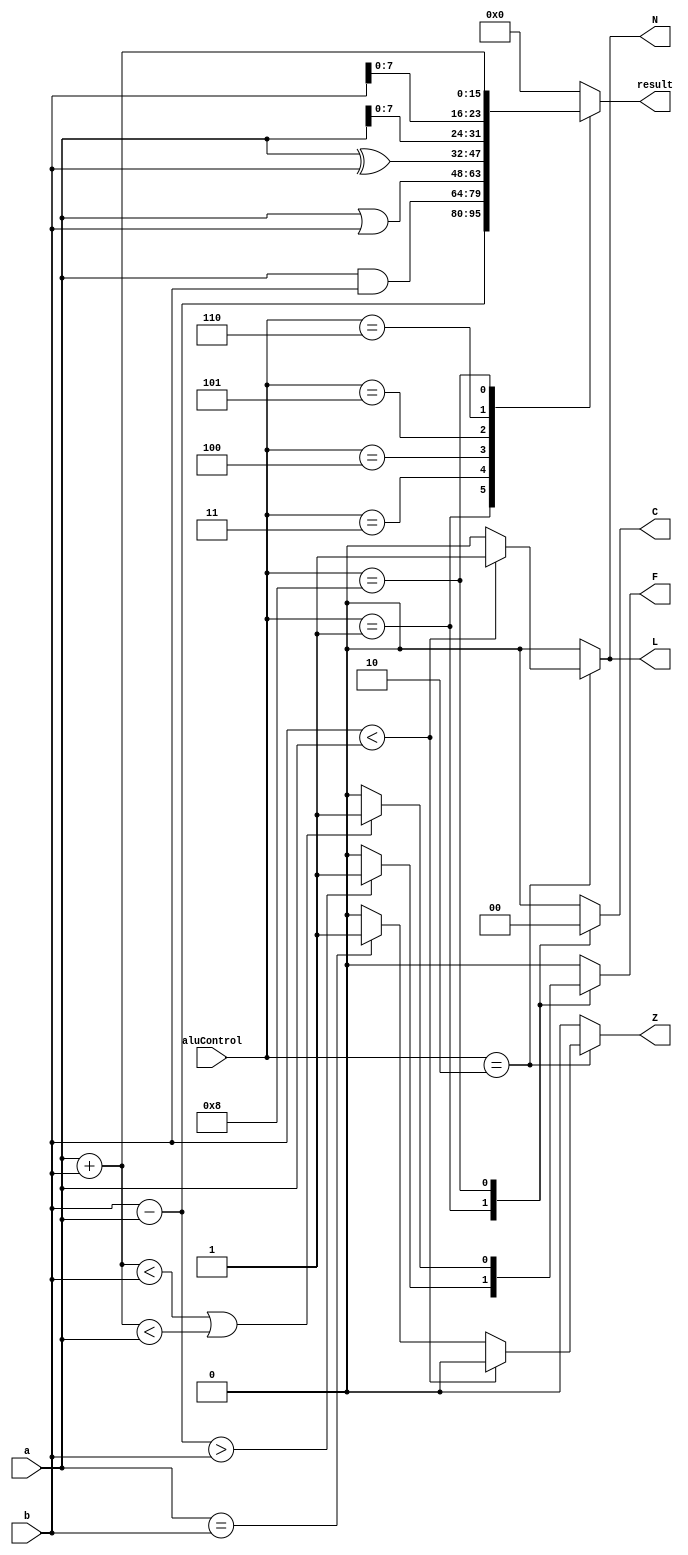
module alu(a, b, aluControl, C, L, F, Z, N, result);		
	input [15:0] a, b;
	input [3:0] aluControl;
	output reg C, L, F, Z, N;
	output reg [15:0] result;
	
	always@(*) begin
		{C, L, F, Z, N} = 0;
		result = 4'd0;
		
		case(aluControl) 
			4'b0000: // Empty case
				{C, L, F, Z, N} <= 0;
			
			4'b0001: begin //SUB or SUBI
			result = b - a; 
				if (result > b)
					{C, F} = 1;
				else 
					{C, F} = 0;
			end
			
			4'b0010: begin //CMP or CMPI
				if (b < a) begin
					L = 1;
					N = 1;
					Z = 0;
				end
				else if (a == b) begin
					L = 0;
					N = 0;
					Z = 1;
				end
				else 
					{L, Z, N} = 0;
			end
			
			4'b0011: //AND or ANDI
				result = a & b; 	
				
			4'b0100: //OR or ORI
				result = a | b;
			
			4'b0101: //XOR or XORI
				result = a ^ b; 
			
			4'b0110: //LUI
				result = {a[7:0], b[7:0]};	
			
			//4'b0111: begin //MOVI
			//	result = b;
			//end
			
			4'b1000: begin //ADD or ADDI
				result = a + b; 
				if (result < b || result < a)
					{C, F} = 1;
				else
					{C, F} = 0;
			end
			
			default:
				{C, L, F, Z, N} = 0;
				
		endcase
	end
endmodule